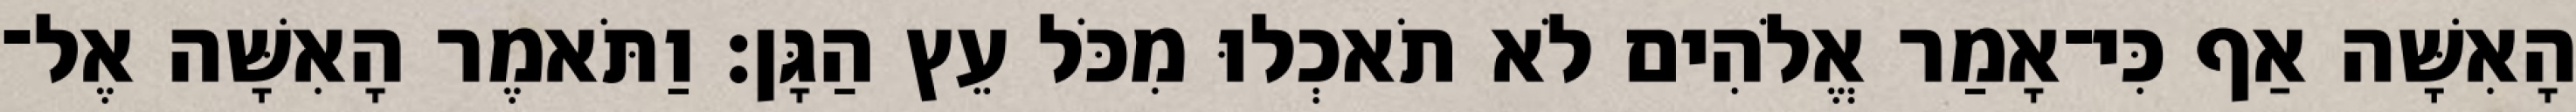
הָאִשָּׁה אַף כִּי־אָמַר אֱלֹהִים לֹא תֹאכְלוּ מִכֹּל עֵץ הַגָּן׃ וַתֹּאמֶר הָאִשָּׁה אֶל־